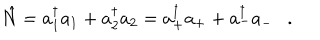
\hat { N } = a _ { 1 } ^ { \dagger } a _ { 1 } + a _ { 2 } ^ { \dagger } a _ { 2 } = a _ { + } ^ { \dagger } a _ { + } + a _ { - } ^ { \dagger } a _ { - } \ \ \ .